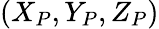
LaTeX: (X_{P},Y_{P},Z_{P})